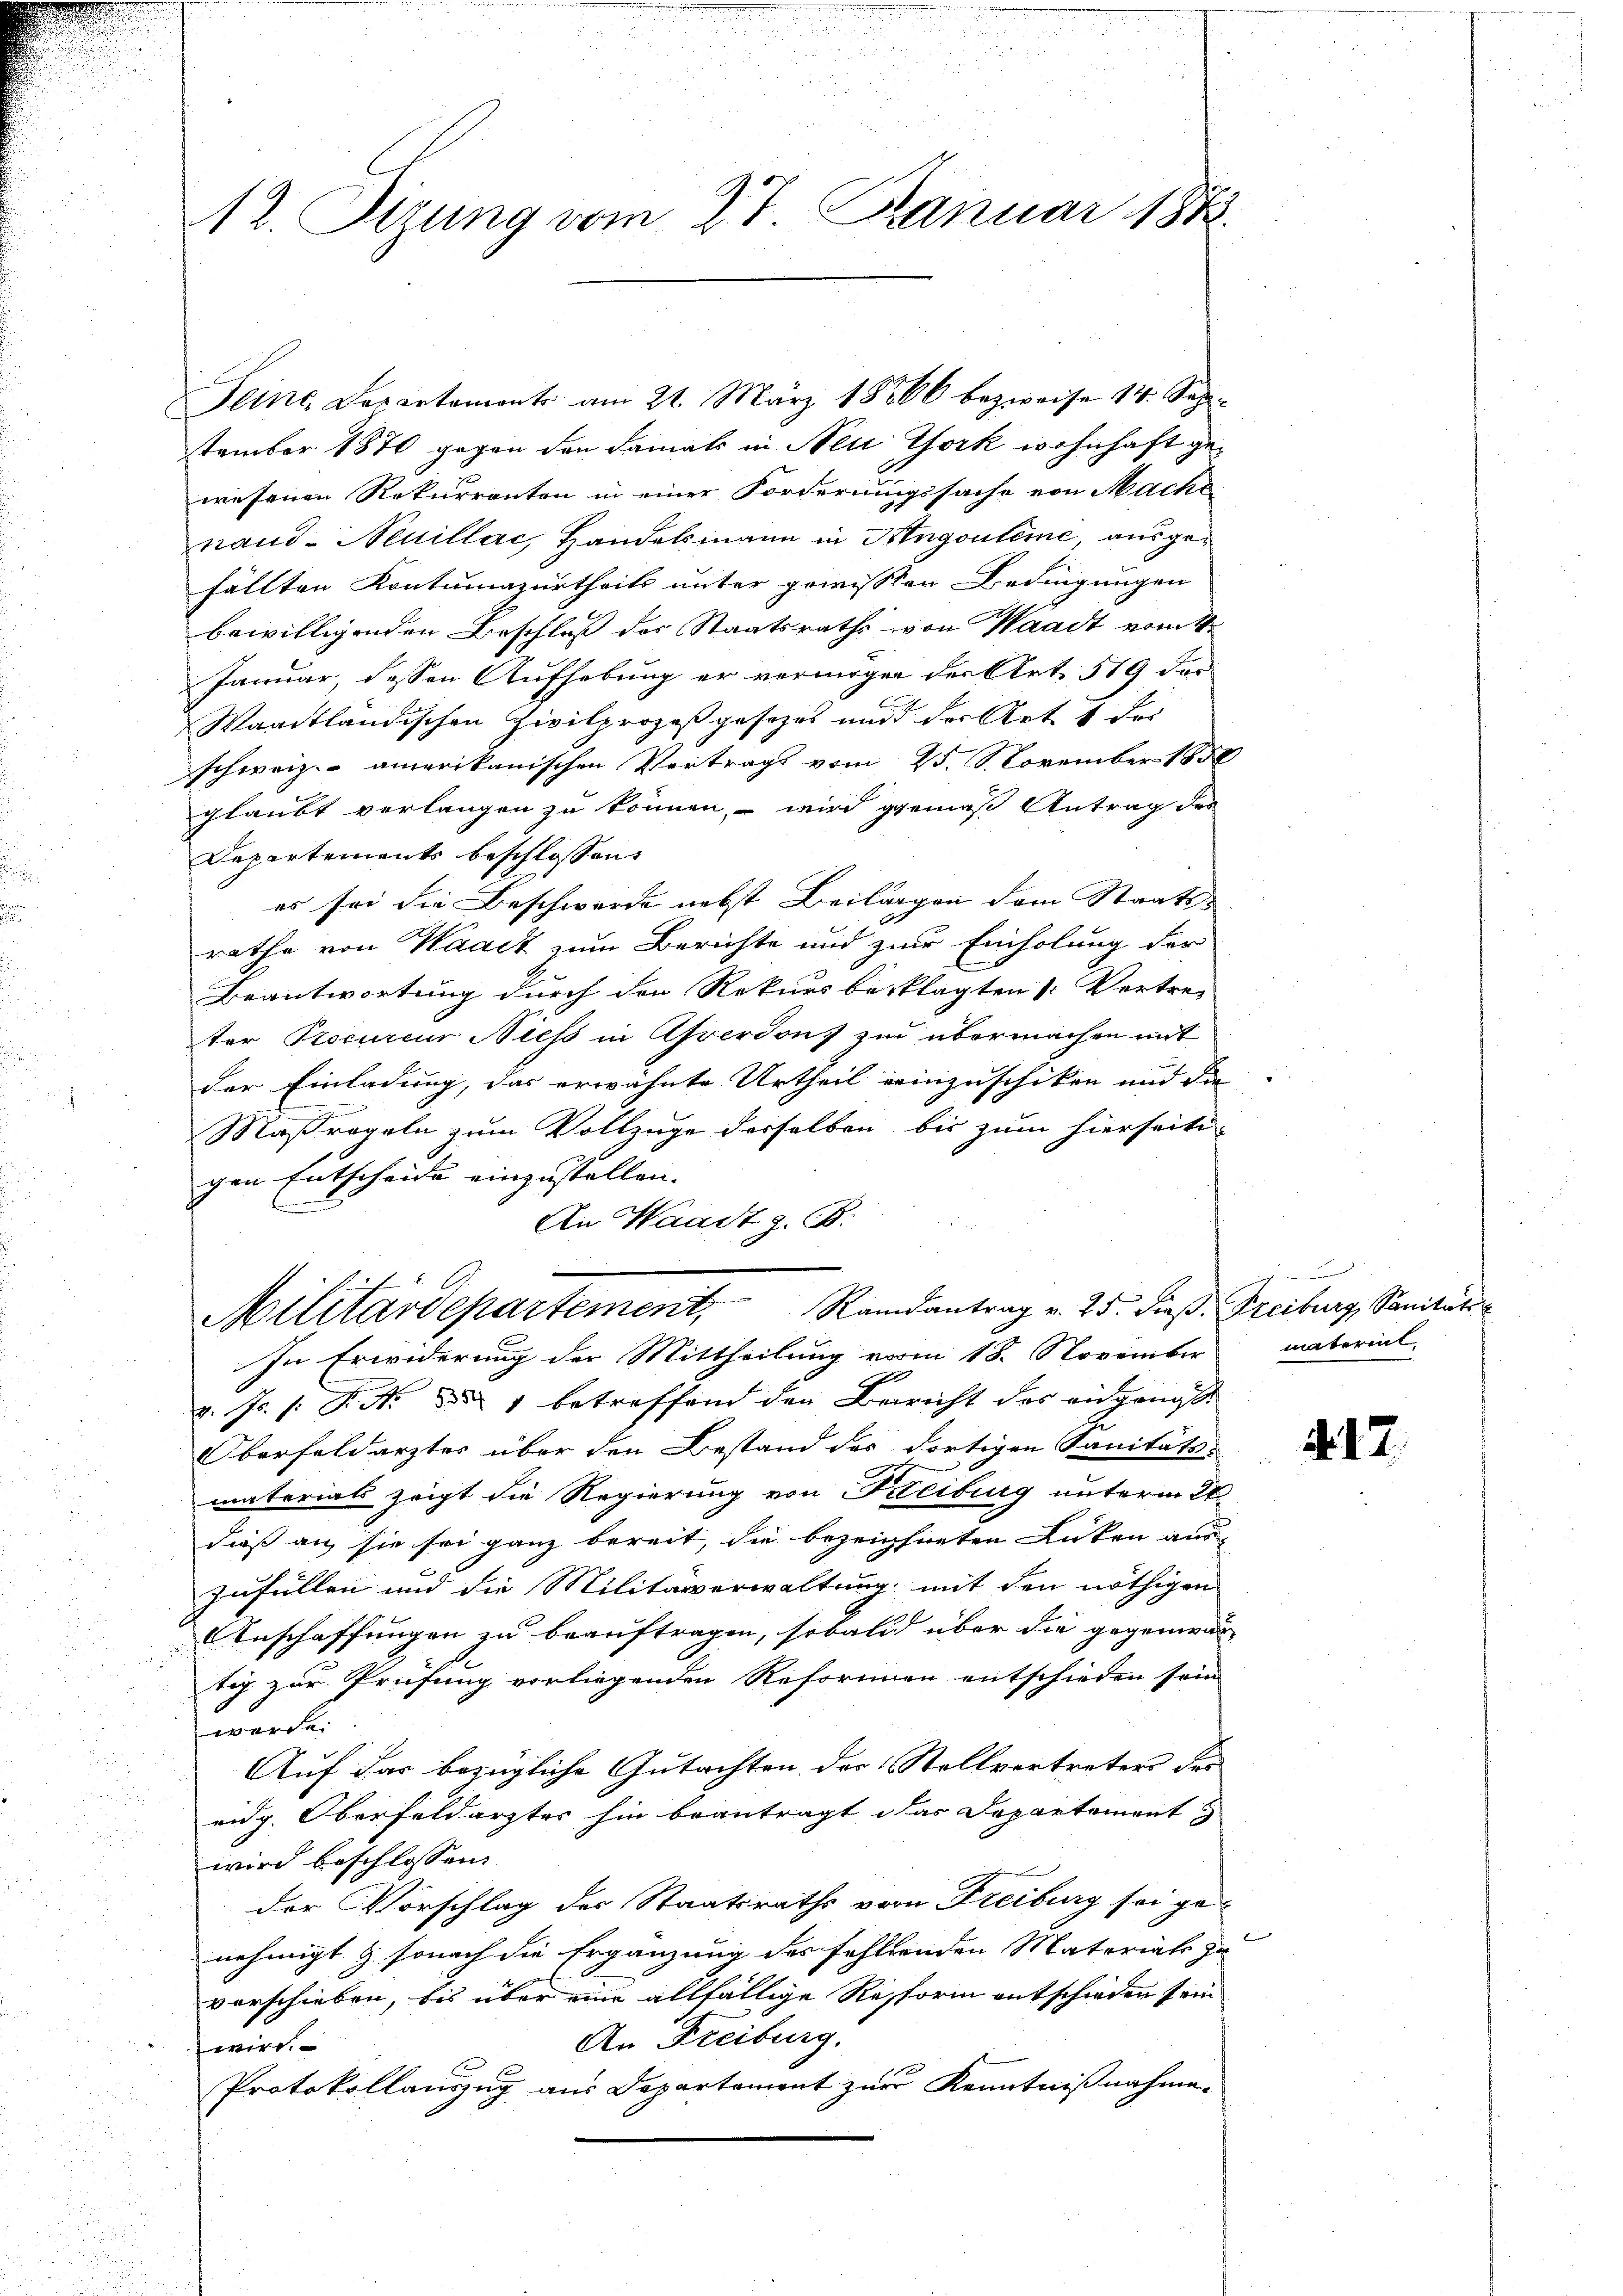
tember 1870 gegen den damals in Neu York wohnhaft gewesenen Rekurrenten in einer Forderungssache von Mache
hand- Neuillac, Handelsmann in Hingouleme, ausgefällten Kontumazurtheils unter gewissen Bedingungen
bewilligenden Beschluß der Staatsraths von Waadt vom 4.
Januar, dessen Aufhebung er vermögen der Art. 519 der
Waadtländischen Zivilprozeß gesetzes und der Art. 1 des
schweiz. amerikanischen Vertrags vom 25. 8. November 1858
glaubt verlangen zu können, – wird gemäß Antrag des
Departements beschlossen:
es sei die Beschwerde nebst Beilagen dem Staatsrathe von Waadt zum Berichte und zur Einholung der
Beantwortung durch den Rekurs beklagten Vertre-
ter Procureur Niess in Asverdons zu übermachen mit
der Einladung, das erwähnte Urtheil einzuschiken und die
Maßregeln zum Vollzuge desselben bis zum hierseiti
gen Entscheide einzustellen.
An Waadt z. B.
Militärdepartement, Randantrag v. 25. dieß. Freiburg, Sanitäts
In Erwiderung der Mittheilung vom 18. November material-
l
v. Js. (: P. Nr. 1 betreffend den Bericht der angenos
Oberfeldarztes über den Bestand des dortigen Sanitäts-
materials zeigt die Regierung von Freiburg unterm 26.
dieß an sie sei ganz bereit, die bezeichneten Lücken auszufüllen und die Militarerwaltung mit den nöthigen
Anschaffungen zu beauftragen, sobald über die gegenwär
tig zur Prüfung vorliegenden Reformien entschieden sein
werde.
Auf das bezügliche Gutachten der Stellvertreters der
u
eidg. Oberfeldarztes hin beantragt das Departement
wird beschlossen:
der Vorschlag des Staatsraths von Freiburg sei genehmigt & sonach die Ergänzung des fehltenden Materials zu
verschieben, bis über eine allfällige Resform entschieden sein
An Freiburg.
wird.
Protokollauszug aus Departemont zur Kenntnißnahme.

n
A 2. Sizung vom 27. Januar 1812.

Seine Departaments am 21. März 18366 bezweife 14. Sep.

.

. 12.